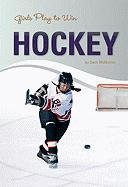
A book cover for Girls Play to Win Hockey; Dave McMahon; Children's Books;